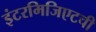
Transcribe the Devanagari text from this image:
इंटरमिजिएटची